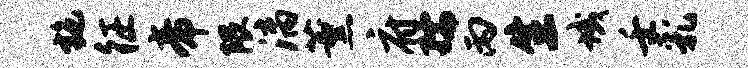
施征帝隈漓薰府孺丙生域壬乳